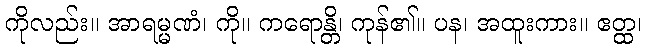
ကိုလည်း။ အာရမ္မဏံ၊ ကို။ ကရောန္တိ၊ ကုန်၏။ ပန၊ အထူးကား။ ဧတ္ထ၊